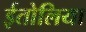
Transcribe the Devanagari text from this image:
ईतोलिया